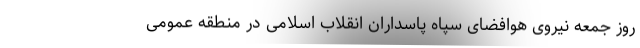
روز جمعه نیروی هوافضای سپاه پاسداران انقلاب اسلامی در منطقه عمومی